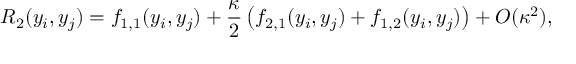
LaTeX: R _ { 2 } ( y _ { i } , y _ { j } ) = f _ { 1 , 1 } ( y _ { i } , y _ { j } ) + { \frac { \kappa } { 2 } } \left( f _ { 2 , 1 } ( y _ { i } , y _ { j } ) + f _ { 1 , 2 } ( y _ { i } , y _ { j } ) \right) + O ( \kappa ^ { 2 } ) ,